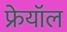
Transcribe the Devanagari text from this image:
फ्रेयॉल